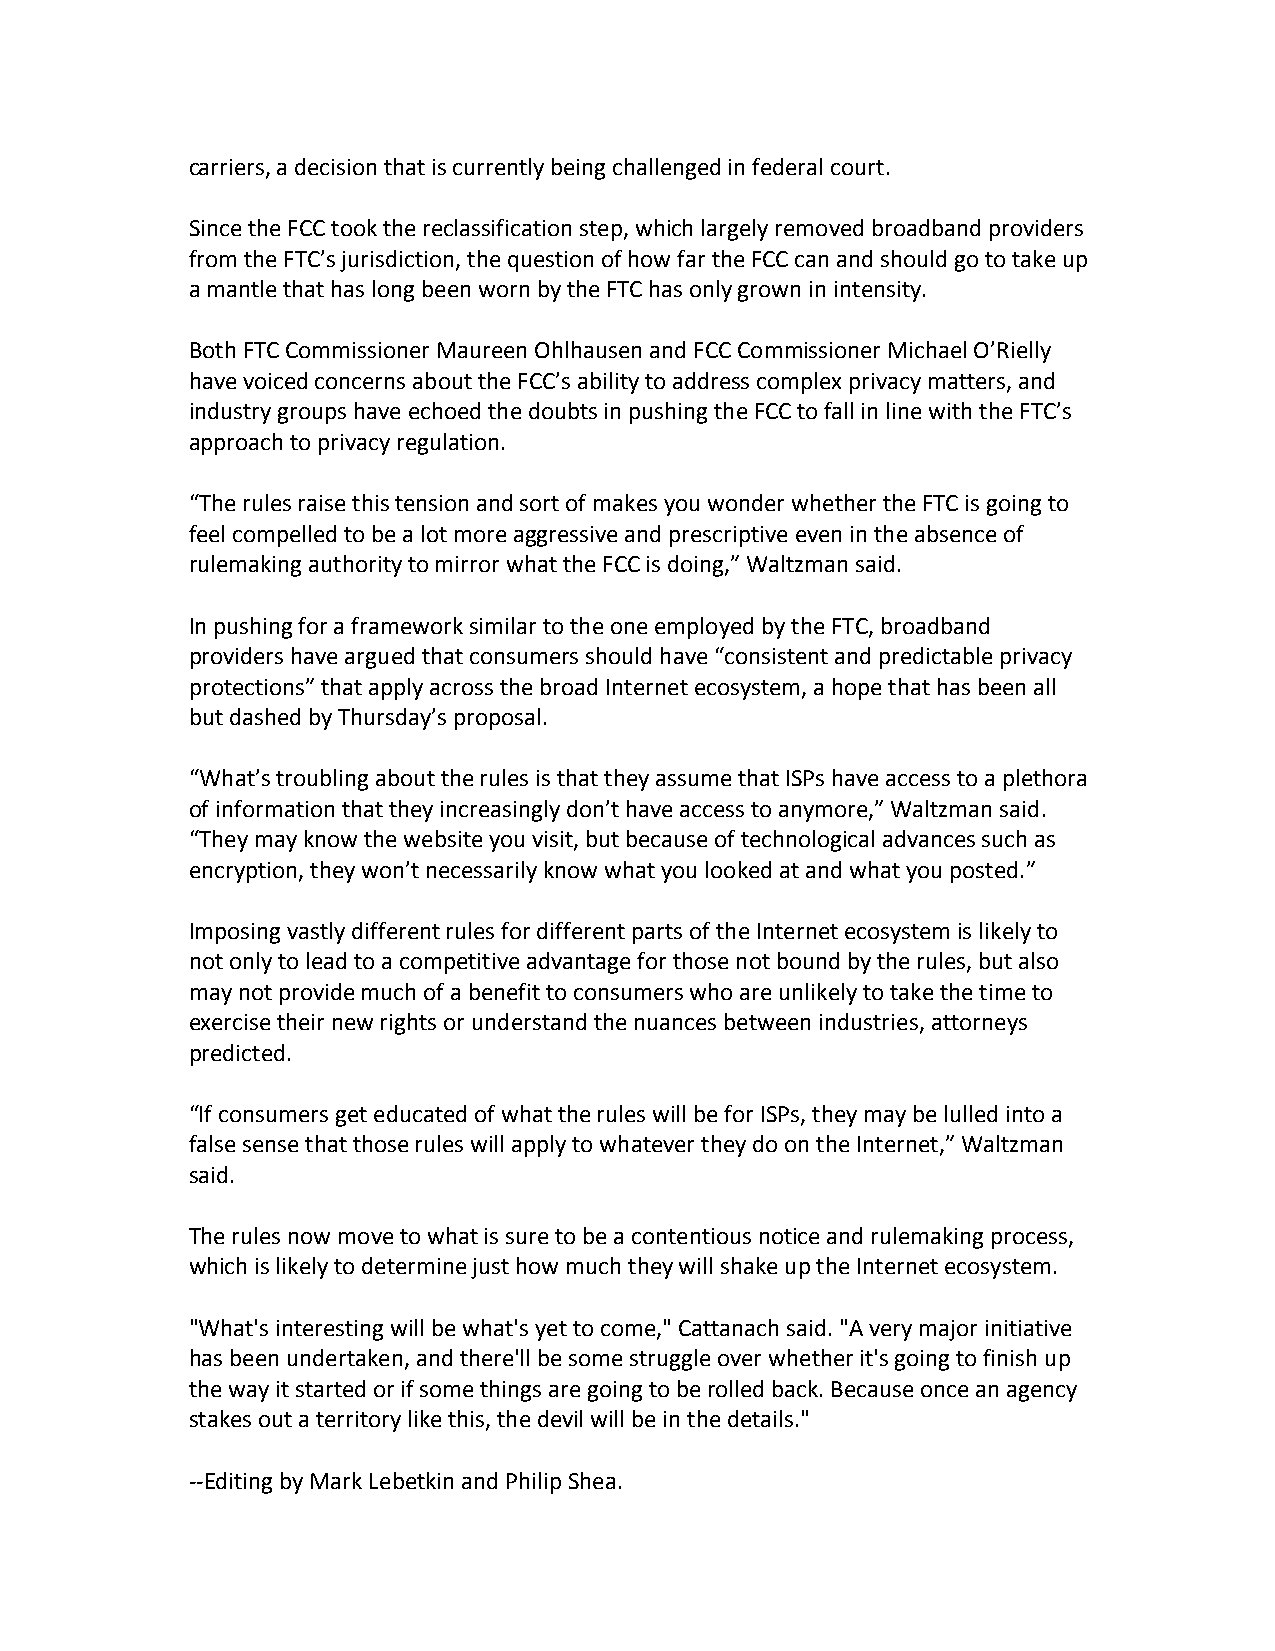
carriers, a decision that is currently being challenged in federal court.
 Since the FCC took the reclassification step, which largely removed broadband providers
 from the FTC’s jurisdiction, the question of how far the FCC can and should go to take up
 a mantle that has long been worn by the FTC has only grown in intensity.
 Both FTC Commissioner Maureen Ohlhausen and FCC Commissioner Michael O’Rielly
 have voiced concerns about the FCC’s ability to address complex privacy matters, and
 industry groups have echoed the doubts in pushing the FCC to fall in line with the FTC’s
 approach to privacy regulation.
 “The rules raise this tension and sort of makes you wonder whether the FTC is going to
 feel compelled to be a lot more aggressive and prescriptive even in the absence of
 rulemaking authority to mirror what the FCC is doing,” Waltzman said.
 In pushing for a framework similar to the one employed by the FTC, broadband
 providers have argued that consumers should have “consistent and predictable privacy
 protections” that apply across the broad Internet ecosystem, a hope that has been all
 but dashed by Thursday’s proposal.
 “What’s troubling about the rules is that they assume that ISPs have access to a plethora
 of information that they increasingly don’t have access to anymore,” Waltzman said.
 “They may know the website you visit, but because of technological advances such as
 encryption, they won’t necessarily know what you looked at and what you posted.”
 Imposing vastly different rules for different parts of the Internet ecosystem is likely to
 not only to lead to a competitive advantage for those not bound by the rules, but also
 may not provide much of a benefit to consumers who are unlikely to take the time to
 exercise their new rights or understand the nuances between industries, attorneys
 predicted.
 “If consumers get educated of what the rules will be for ISPs, they may be lulled into a
 false sense that those rules will apply to whatever they do on the Internet,” Waltzman
 said.
 The rules now move to what is sure to be a contentious notice and rulemaking process,
 which is likely to determine just how much they will shake up the Internet ecosystem.
 "What's interesting will be what's yet to come," Cattanach said. "A very major initiative
 has been undertaken, and there'll be some struggle over whether it's going to finish up
 the way it started or if some things are going to be rolled back. Because once an agency
 stakes out a territory like this, the devil will be in the details."
 -­‐-­‐Editing by Mark Lebetkin and Philip Shea.